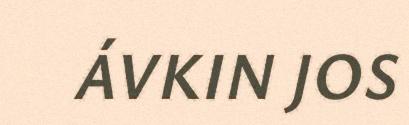
ÁVKIN JOS